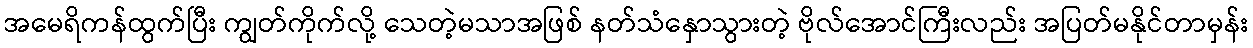
အမေရိကန်ထွက်ပြီး ကျွတ်ကိုက်လို့ သေတဲ့မသာအဖြစ် နတ်သံနှောသွားတဲ့ ဗိုလ်အောင်ကြီးလည်း အပြတ်မနိုင်တာမှန်း